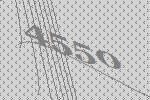
4550